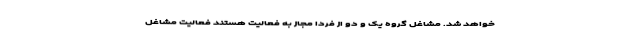
خواهد شد. مشاغل گروه یک و دو از فردا مجاز به فعالیت هستند فعالیت مشاغل